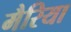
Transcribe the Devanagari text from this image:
मैरिया